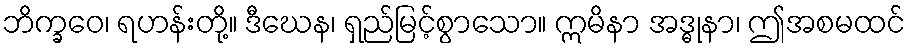
ဘိက္ခဝေ၊ ရဟန်းတို့။ ဒီဃေန၊ ရှည်မြင့်စွာသော။ ဣမိနာ အဒ္ဓုနာ၊ ဤအစမထင်